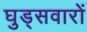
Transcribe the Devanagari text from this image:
घुड्सवारों